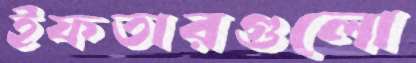
ইফতারগুলো